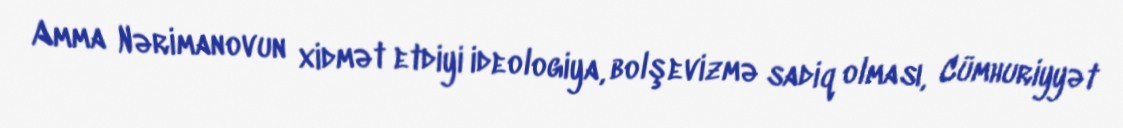
Amma Nərimanovun xidmət etdiyi ideologiya, bolşevizmə sadiq olması, Cümhuriyyət